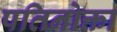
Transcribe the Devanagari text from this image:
पतिनोक्ता